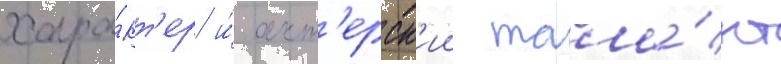
хара́кт'ер и́ акт'ерск'ии тала́нт